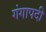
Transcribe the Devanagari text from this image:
गंगापदी